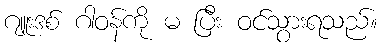
ဂျူးဒစ် ဂါဝန်ကို မ ပြီး ဝင်သွားရသည်။